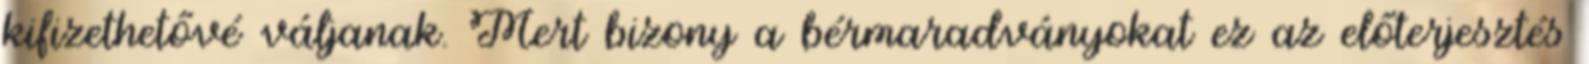
kifizethetővé váljanak. Mert bizony a bérmaradványokat ez az előterjesztés